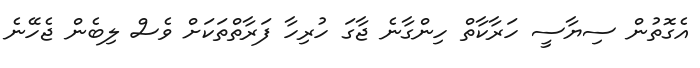
އެގޮތުން ސިޔާސީ ހަރާކާތް ހިންގާނެ ޖާގަ ހުރިހާ ފަރާތްތަކަށް ވެސް ލިބެން ޖެހޭނެ